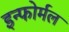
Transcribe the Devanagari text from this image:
इन्फोर्मल